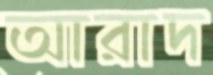
আরাদ